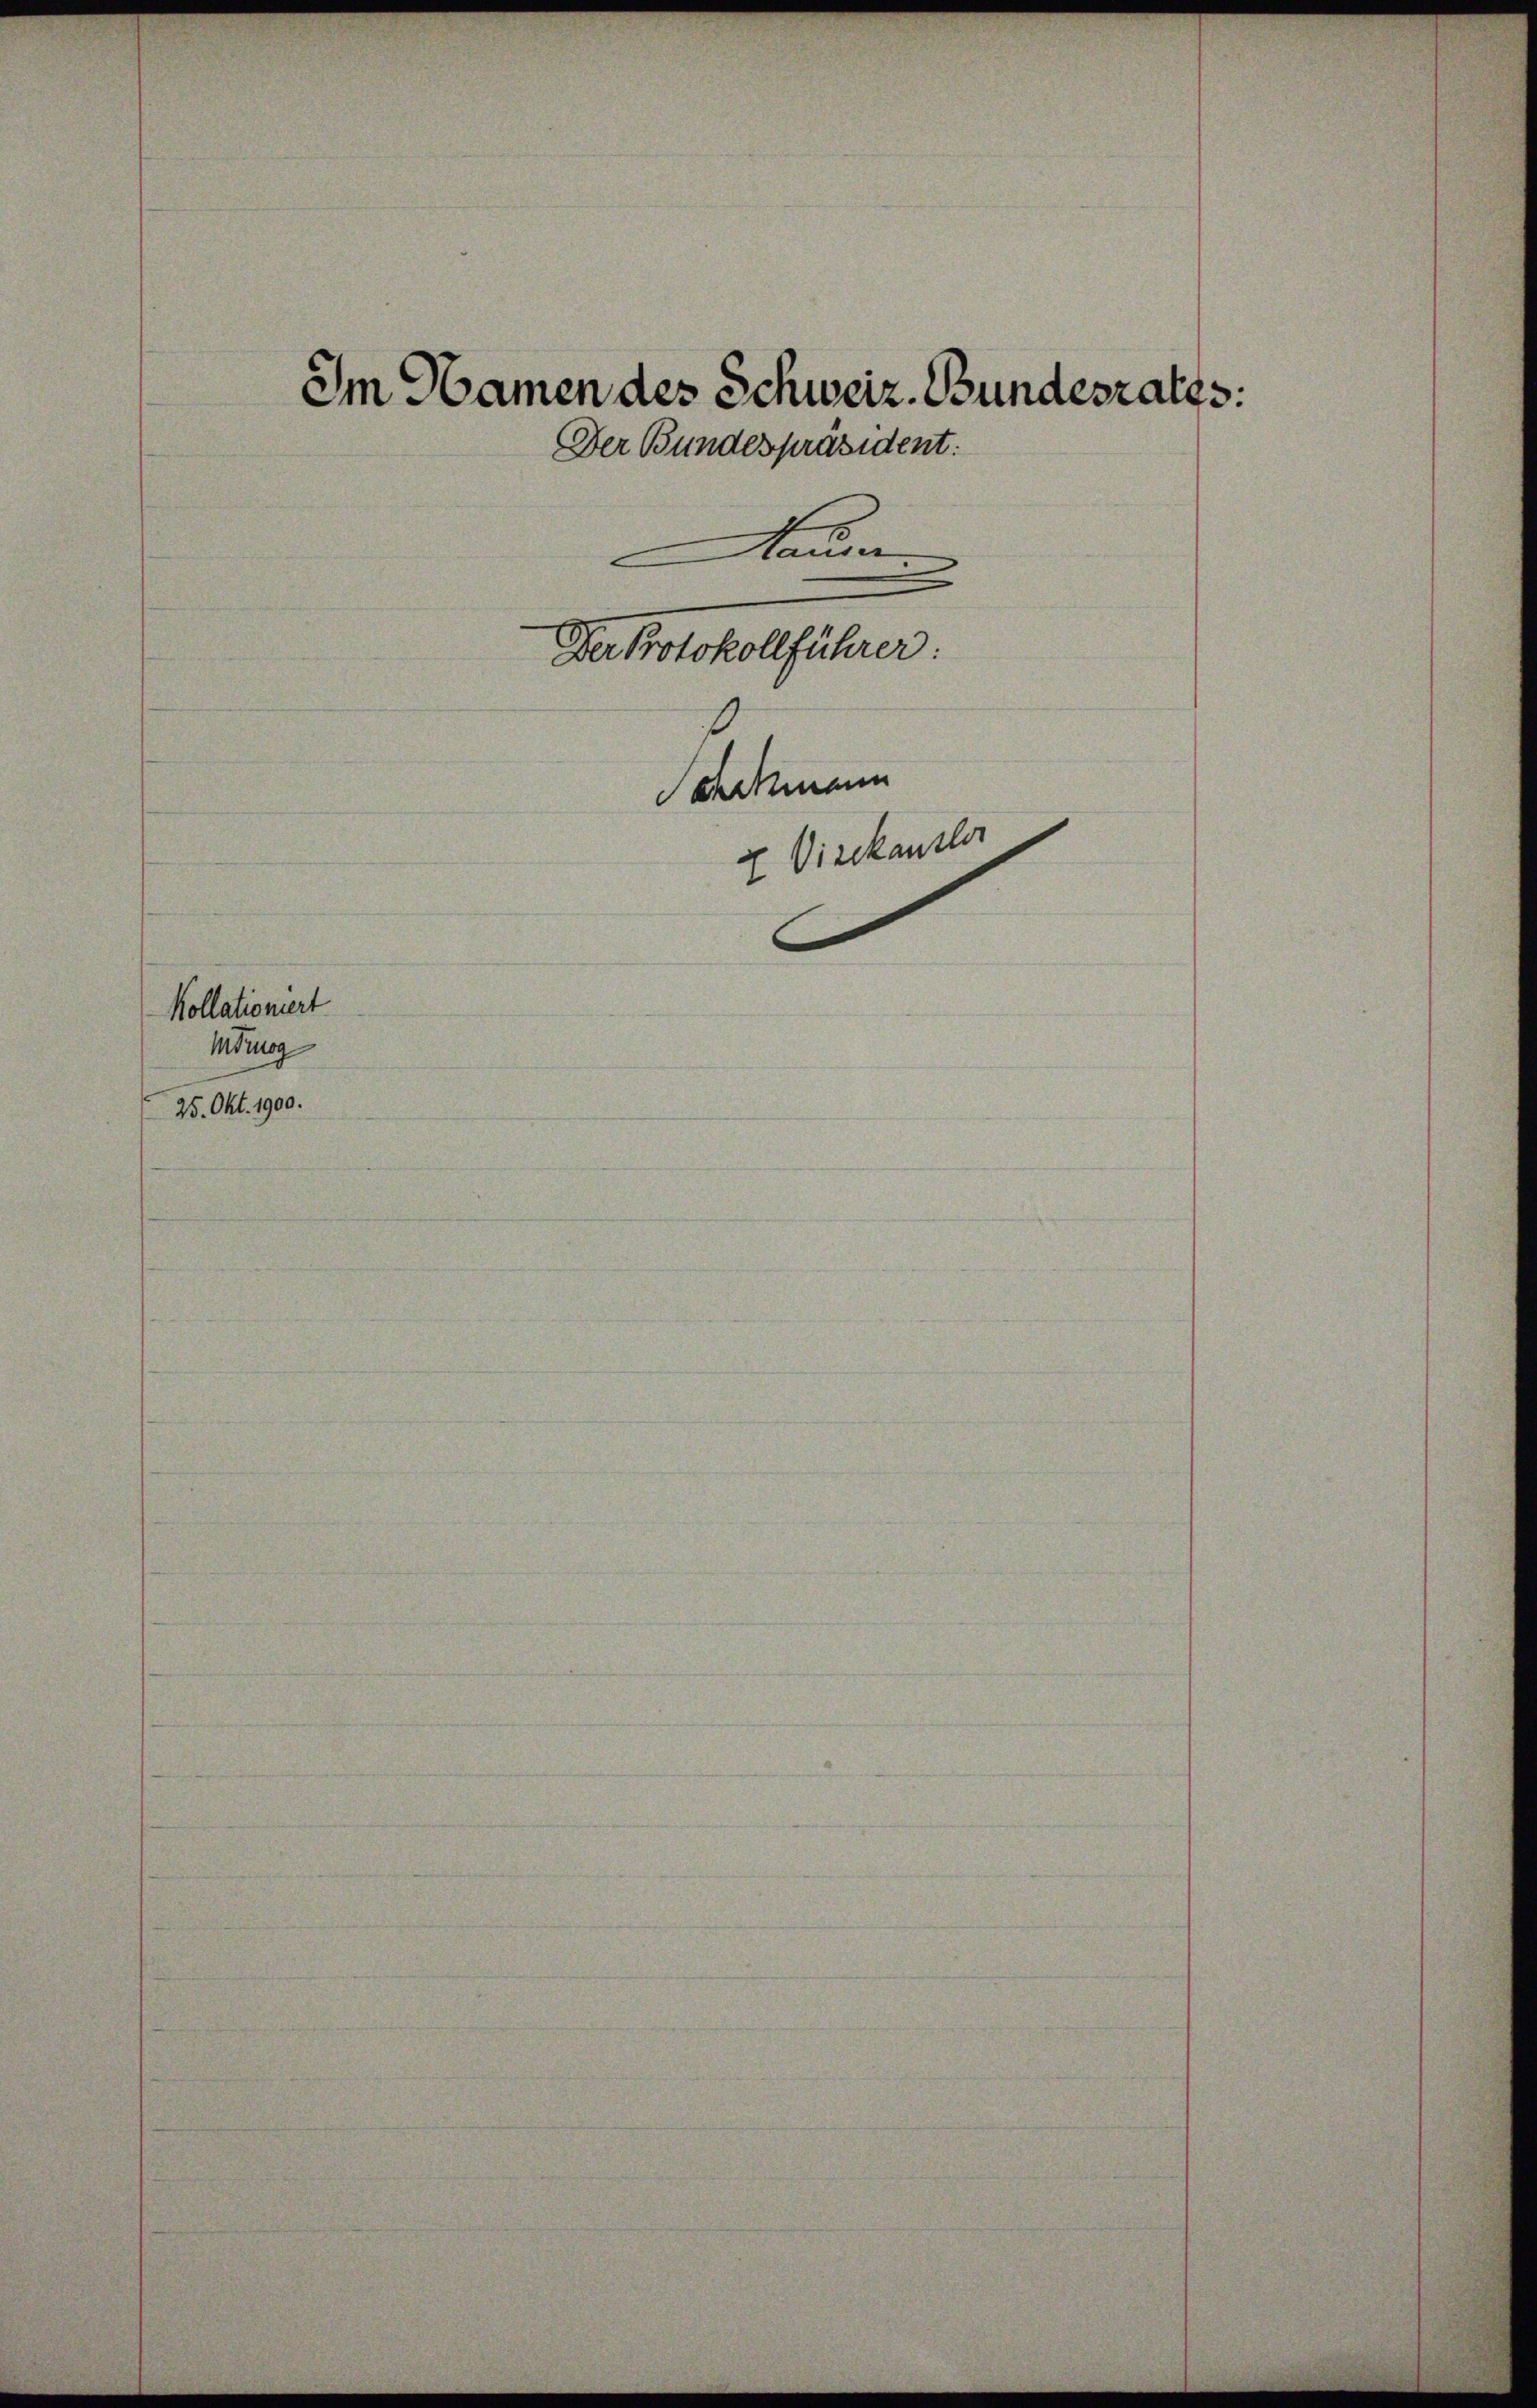
Kollationiert
Mdmog
25. Okt. 1900.

Im Namen des Schweiz. Bundesraths:
Der Bundespräsident:
Naum
atreckellfahren.
Serckmann
u Vizekanzler